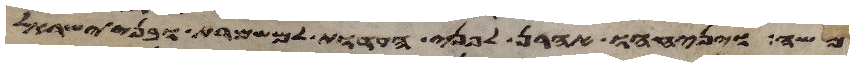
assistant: משה ויניחהו אהרן לפני העדות למשמרת ובני ישראל